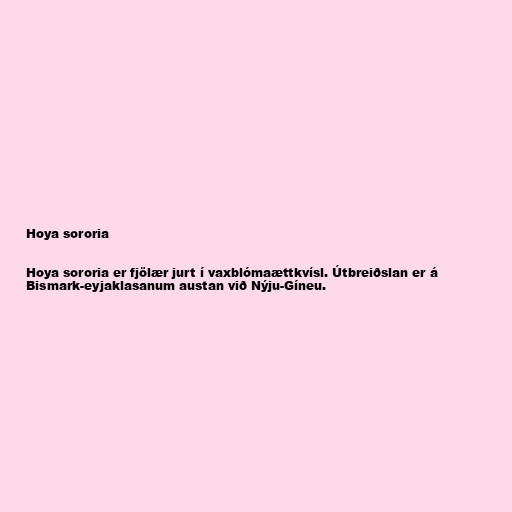
Hoya sororia

Hoya sororia er fjölær jurt í vaxblómaættkvísl. Útbreiðslan er á
Bismark-eyjaklasanum austan við Nýju-Gíneu.